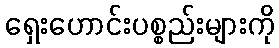
ရှေးဟောင်းပစ္စည်းများကို